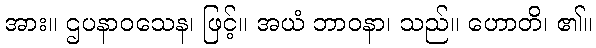
အား။ ဌပနာဝသေန၊ ဖြင့်။ အယံ ဘာဝနာ၊ သည်။ ဟောတိ၊ ၏။